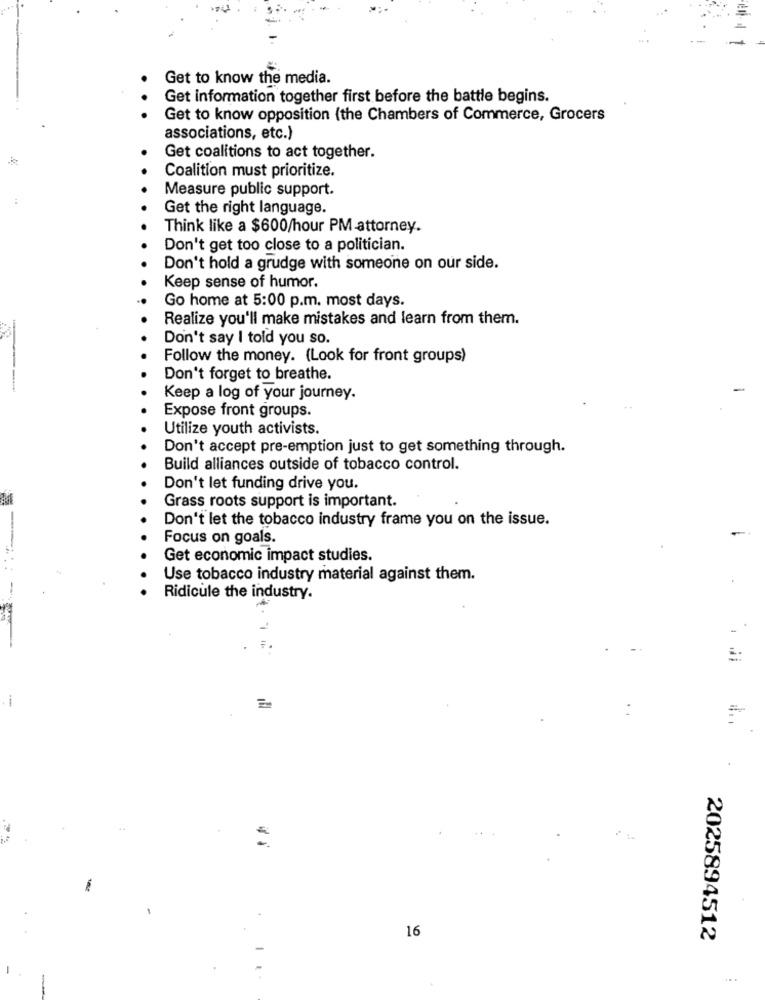
Get to know the media.
Get information together first before the battle begins.
Get to know opposition (the Chambers of Commerce, Grocers
associations, etc.)
Get coalitions to act together.
Coalition must prioritize.
Measure public support.
:
Get the right language.
Think like a $600/hour PM attorney.
Don't get too close to a politician.
Don't hold a grudge with someone on our side.
Keep sense of humor.
Go home at 5:00 p.m. most days.
Realize you'll make mistakes and learn from them.
Don't say I told you so.
Follow the money. (Look for front groups)
Don't forget to breathe.
Keep a log of your journey.
Expose front groups.
Utilize youth activists.
Don't accept pre-emption just to get something through.
Build alliances outside of tobacco control.
Don't let funding drive you.
Grass roots support is important.
Don't let the tobacco industry frame you on the issue.
Focus on goals.
Get economic impact studies.
Use tobacco industry material against them.
-
Ridicule the industry.
-
16
2025894512